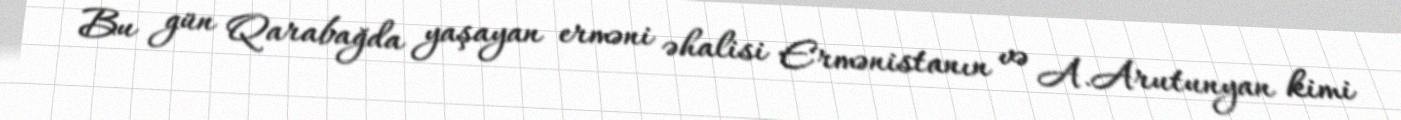
Bu gün Qarabağda yaşayan erməni əhalisi Ermənistanın və A.Arutunyan kimi